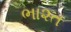
ભા૨ત